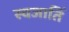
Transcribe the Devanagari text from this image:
स्वजातिं